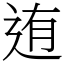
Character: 迶